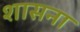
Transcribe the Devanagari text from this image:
शासना